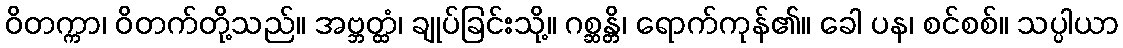
ဝိတက္ကာ၊ ဝိတက်တို့သည်။ အဗ္ဘတ္ထံ၊ ချုပ်ခြင်းသို့။ ဂစ္ဆန္တိ၊ ရောက်ကုန်၏။ ခေါ ပန၊ စင်စစ်။ သပ္ပါယာ